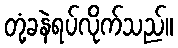
တုံ့ခနဲရပ်လိုက်သည်။